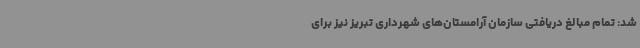
شد: تمام مبالغ دریافتی سازمان آرامستان‌های شهرداری تبریز نیز برای